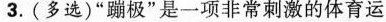
3.(多选)”蹦极”是一项非常刺激的体育运